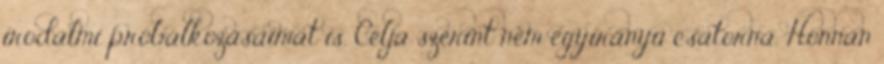
irodalmi próbálkozásaimat is. Célja szerint nem egyirányú csatorna. Honnan